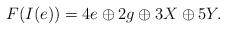
LaTeX: \begin{align*}F(I(e))=4e\oplus2g\oplus3X\oplus5Y.\end{align*}